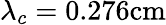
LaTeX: \lambda_{c}=0.276\mathrm{cm}